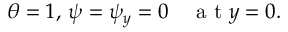
\theta = 1 , \, \psi = \psi _ { y } = 0 \quad \mathrm { ~ a ~ t ~ } y = 0 .